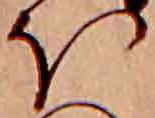
ほ